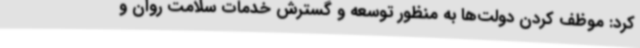
کرد: موظف کردن دولت‌ها به منظور توسعه و گسترش خدمات سلامت روان و